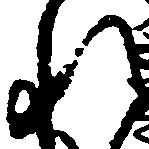
れ